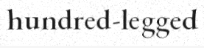
hundred-legged